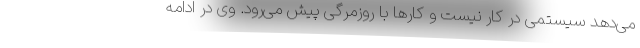
می‌دهد سیستمی در کار نیست و کارها با روزمرّگی پیش می‌رود. وی در ادامه